Medical and sanitary report on the native army of Bombay for the year
Year: 1879
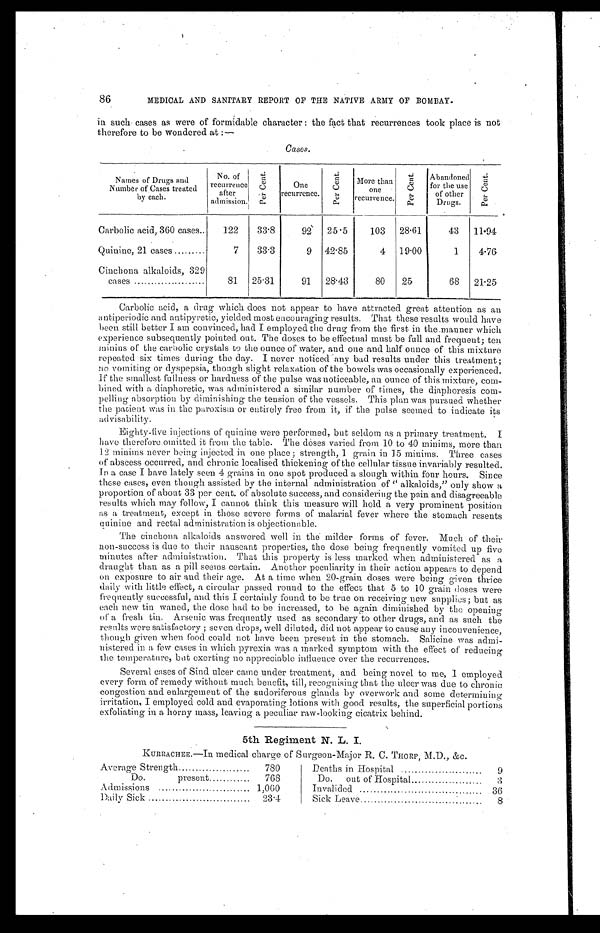
86
MEDICAL AND SANITARY REPORT OF THE NATIVE ARMY OF BOMBAY.
in such cases as were of formidable character: the fact that recurrences took place is not
therefore to be wondered at:—
Cases.
Names of Drugs and
Number of Cases treated
by each.
No. of
recurrence
after
admission.
P e r C e n t .
One
recurrence.
P e r C e n t .
More than
one
recurrence.
P e r C e n t .
Abandoned
for the use
of other
Drugs.
P e r C e n t .
Carbolic acid, 360 cases . . .
122
33.8
92
25.5
103
28.61
43
11.94
Quinine, 21 cases . . .
7
33.3
9 42.85
4 19.00
1
4.76
Cinchona alkaloids, 329
cases . . .
81
25.31
91
28.43
80
25
68
21.25
Carbolic acid, a drug which does not appear to have attracted great attention as an
antiperiodic and antipyretic, yielded most encouraging results. That these results would have
been still better I am convinced, had I employed the drug from the first in the manner which
experience subsequently pointed out. The doses to be effectual must be full and frequent; ten
minins of the carbolic crystals to the ounce of water, and one and half ounce of this mixture
repeated six times during the day. I never noticed any bad results under this treatment;
no vomiting or dyspepsia, though slight relaxation of the bowels was occasionally experienced.
If the smallest fullness or hardness of the pulse was noticeable, an ounce of this mixture, com
-
bined with a diaphoretic, was administered a similar number of times, the diaphoresis com
-
pelling absorption by diminishing the tension of the vessels. This plan was pursued whether
the patient was in the paroxism or entirely free from it, if the pulse seemed to indicate its advisability.
Eighty-five injections of quinine were performed, but seldom as a primary treatment. I
have therefore omitted it from the table. The, doses varied from 10 to 40 minims, more than
12 minims never being injected in one place; strength, 1 grain in 15 minims. Three cases
of abscess occurred, and chronic localised thickening of the cellular tissue invariably resulted.
In a case I have lately seen 4 grains in one spot produced a slough within four hours. Since
these cases, even though assisted by the internal administration of "alkaloids," only s h o w a
proportion of about 33 per cent. of absolute success, and considering the pain and disagreeable
results which may follow, I cannot think this measure will hold a very prominent position
as a treatment, except in those severe forms of malarial fever where the stomach resents
quinine and rectal administration is objectionable.
The cinchona alkaloids answered well in the milder forms of fever. Much of their
non-success is due to their nauseant properties, the dose being frequently vomited up five
minutes after administration. That this property is less marked when administered as a
draught than as a pill seems certain. Another peculiarity in their action appears to depend
on exposure to air and their age. At a time when 20-grain doses were being given thrice
daily with little effect, a circular passed round to the effect that 5 to 10 grain doses were
frequently successful, and this I certainly found to be true on receiving new supplies; but as
each new tin waned, the dose had to be increased, to be again diminished by the opening
of a fresh tin. Arsenic was frequently used as secondary to other drugs, and as such the
results were satisfactory; seven drops, well diluted, did not appear to cause any inconvenience,
though given when food could not have been present in the stomach. Salicine was admi
-
nistered in a few cases in which pyrexia was a marked symptom with the effect of reducing
the temperature, but exerting no appreciable influence over the recurrences.
Several cases of Sind ulcer came under treatment, and being novel to me, I employed
every form of remedy without much benefit, till, recognising that the, ulcer was due to chronic
congestion and enlargement of the sudoriferous glands by overwork and some determining
irritation, I employed cold and evaporating lotions with good results, the superficial portions
exfoliating in a horny mass, leaving a peculiar raw-looking cicatrix behind.
5th Regiment N. L. I.
KURRACHEE.—In medical charge of Surgeon-Major H. C. THORP, M.D., &c.
Average Strength . . .
780
Do. present . . .
768
Admissions . . .
1,060
Daily Sick . . .
23.4
Deaths in Hospital . . .
9
Do. out of Hospital . . .
3
Invalided . . .
36
Sick Leave . . .
8